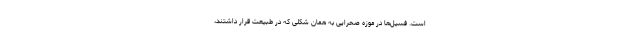
است. فسیل‌ها در موزه صحرایی به همان شکلی که در طبیعت قرار داشتند،